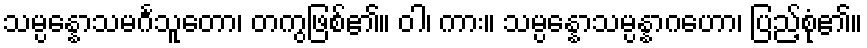
သမ္ပန္နောသမင်္ဂသူတော၊ တကွဖြစ်၏။ ဝါ၊ ကား။ သမ္ပန္နောသမ္ပန္နာဂဟော၊ ပြည့်စုံ၏။